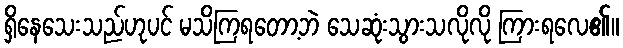
ရှိနေသေးသည်ဟုပင် မသိကြရတော့ဘဲ သေဆုံးသွားသလိုလို ကြားရလေ၏။